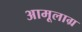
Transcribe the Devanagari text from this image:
अामूलाग्र